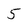
Character: 5